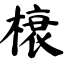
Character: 榱